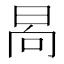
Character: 晑